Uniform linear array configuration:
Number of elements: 32
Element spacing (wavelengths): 1
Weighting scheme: uniform
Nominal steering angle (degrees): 60
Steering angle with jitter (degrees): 59.751
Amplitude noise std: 0.05
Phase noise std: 0.05

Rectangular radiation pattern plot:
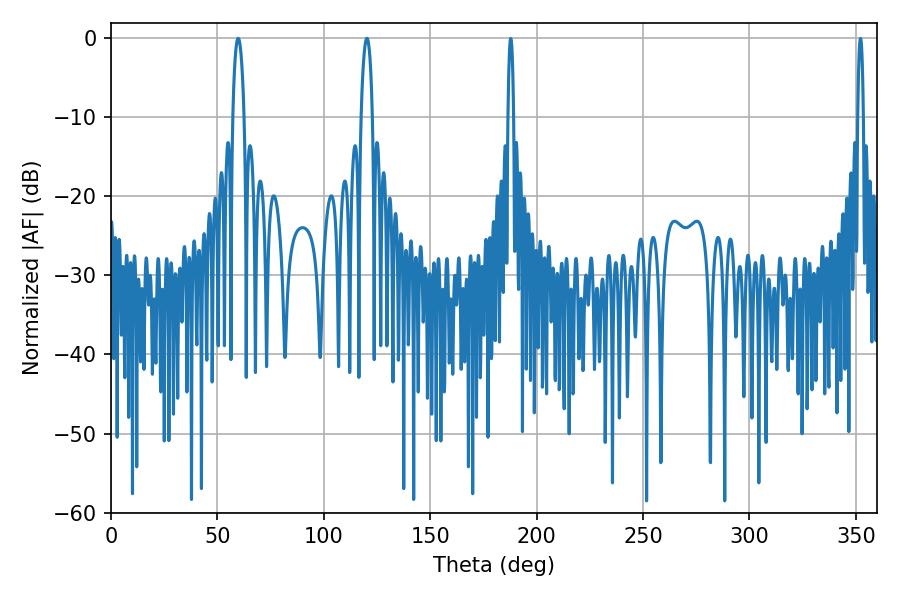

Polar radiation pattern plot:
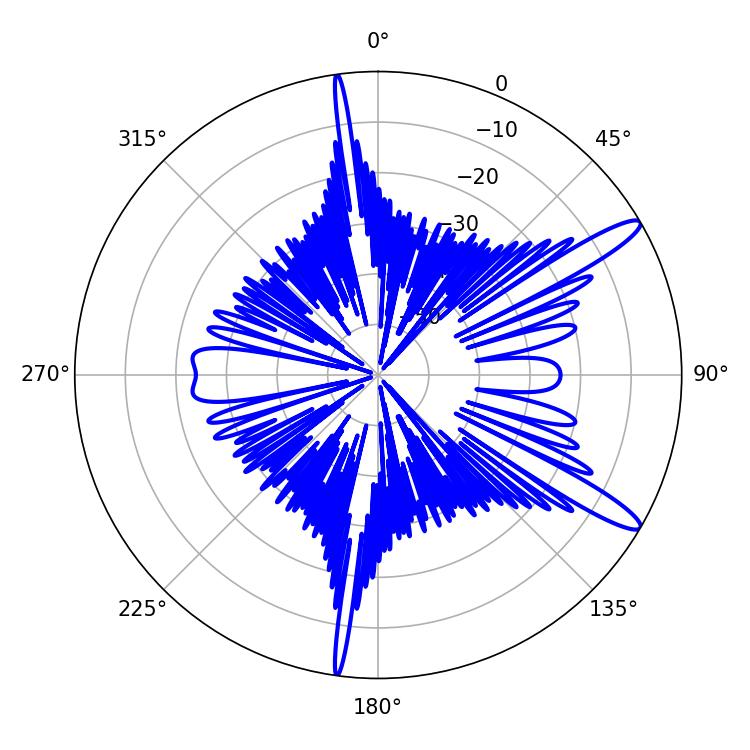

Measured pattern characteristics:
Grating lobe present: TRUE
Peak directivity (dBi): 13.172
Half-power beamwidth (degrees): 2.88
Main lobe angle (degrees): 59.76